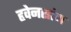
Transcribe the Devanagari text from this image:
हृवेनसांग